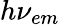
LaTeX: h\nu_{em}